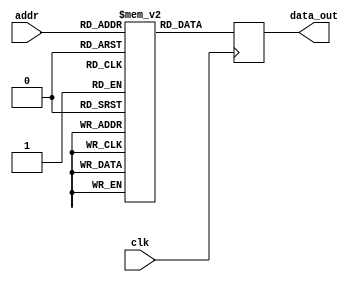
module param_rom #(
    parameter DATA_WIDTH = 8,     // Number of bits in each data word
    parameter ADDR_WIDTH = 4       // Number of bits for addressing the ROM
) (
    input wire [ADDR_WIDTH-1:0] addr,   // Input address
    input wire clk,                     // Clock signal
    output reg [DATA_WIDTH-1:0] data_out // Output data
);

    // Define the ROM size based on the address width
    localparam ROM_SIZE = 2**ADDR_WIDTH;
    
    // Memory initialization - example values
    reg [DATA_WIDTH-1:0] memory [0:ROM_SIZE-1];

    // Initialize the ROM with values
    initial begin
        // Example initialization (you can modify these values as needed)
        memory[0]  = 8'h01;
        memory[1]  = 8'h02;
        memory[2]  = 8'h03;
        memory[3]  = 8'h04;
        memory[4]  = 8'h05;
        memory[5]  = 8'h06;
        memory[6]  = 8'h07;
        memory[7]  = 8'h08;
        // Additional initial values can go up to ROM_SIZE - 1
    end

    // Synchronous read operation
    always @(posedge clk) begin
        data_out <= memory[addr]; // Read data from memory based on address
    end

endmodule